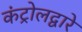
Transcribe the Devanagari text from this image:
कंट्रोलद्वारे